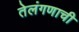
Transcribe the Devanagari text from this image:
तेलंगणाची